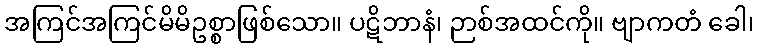
အကြင်အကြင်မိမိဥစ္စာဖြစ်သော။ ပဋိဘာနံ၊ ဉာစ်အထင်ကို။ ဗျာကတံ ခေါ၊